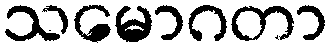
သမောဂတာ